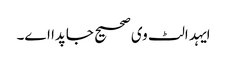
ایہد الٹ وی صحیح جاپدا اے۔